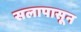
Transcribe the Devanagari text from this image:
सलापासून